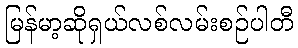
မြန်မာ့ဆိုရှယ်လစ်လမ်းစဉ်ပါတီ